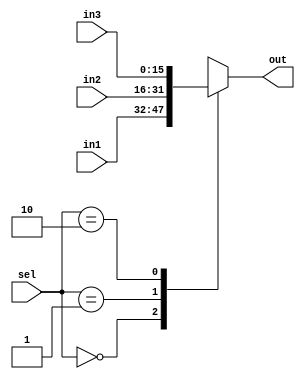
module sel_mux(in1,in2,in3,sel,out);
  input [15:0] in1,in2,in3;
  input [1:0] sel;
  output reg [15:0] out;
 always @(*)
	begin
		case(sel)
			2'b00: out=in1;
			2'b01: out=in2;
			2'b10: out=in3;
			default: out=16'hx;
		endcase
	end
endmodule